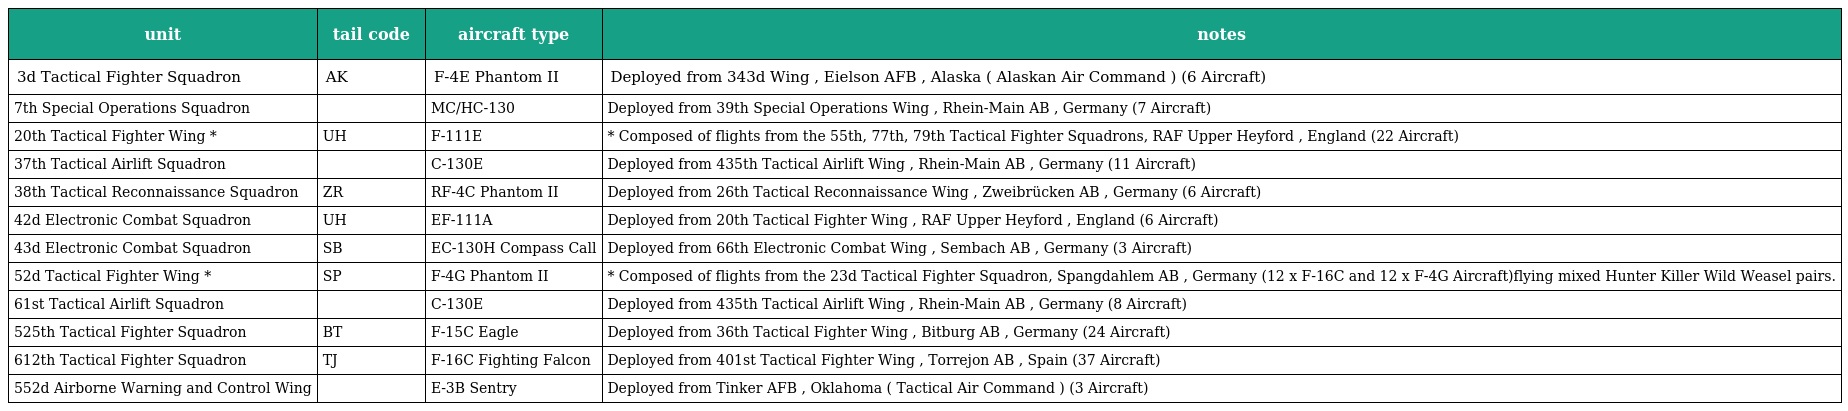
| unit | tail code | aircraft type | notes |
 | --- | --- | --- | --- |
 | 3d Tactical Fighter Squadron | AK | F-4E Phantom II | Deployed from 343d Wing , Eielson AFB , Alaska ( Alaskan Air Command ) (6 Aircraft) |
 | 7th Special Operations Squadron |  | MC/HC-130 | Deployed from 39th Special Operations Wing , Rhein-Main AB , Germany (7 Aircraft) |
 | 20th Tactical Fighter Wing * | UH | F-111E | * Composed of flights from the 55th, 77th, 79th Tactical Fighter Squadrons, RAF Upper Heyford , England (22 Aircraft) |
 | 37th Tactical Airlift Squadron |  | C-130E | Deployed from 435th Tactical Airlift Wing , Rhein-Main AB , Germany (11 Aircraft) |
 | 38th Tactical Reconnaissance Squadron | ZR | RF-4C Phantom II | Deployed from 26th Tactical Reconnaissance Wing , Zweibrücken AB , Germany (6 Aircraft) |
 | 42d Electronic Combat Squadron | UH | EF-111A | Deployed from 20th Tactical Fighter Wing , RAF Upper Heyford , England (6 Aircraft) |
 | 43d Electronic Combat Squadron | SB | EC-130H Compass Call | Deployed from 66th Electronic Combat Wing , Sembach AB , Germany (3 Aircraft) |
 | 52d Tactical Fighter Wing * | SP | F-4G Phantom II | * Composed of flights from the 23d Tactical Fighter Squadron, Spangdahlem AB , Germany (12 x F-16C and 12 x F-4G Aircraft)flying mixed Hunter Killer Wild Weasel pairs. |
 | 61st Tactical Airlift Squadron |  | C-130E | Deployed from 435th Tactical Airlift Wing , Rhein-Main AB , Germany (8 Aircraft) |
 | 525th Tactical Fighter Squadron | BT | F-15C Eagle | Deployed from 36th Tactical Fighter Wing , Bitburg AB , Germany (24 Aircraft) |
 | 612th Tactical Fighter Squadron | TJ | F-16C Fighting Falcon | Deployed from 401st Tactical Fighter Wing , Torrejon AB , Spain (37 Aircraft) |
 | 552d Airborne Warning and Control Wing |  | E-3B Sentry | Deployed from Tinker AFB , Oklahoma ( Tactical Air Command ) (3 Aircraft) |